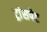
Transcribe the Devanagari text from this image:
ट्रांसपेट